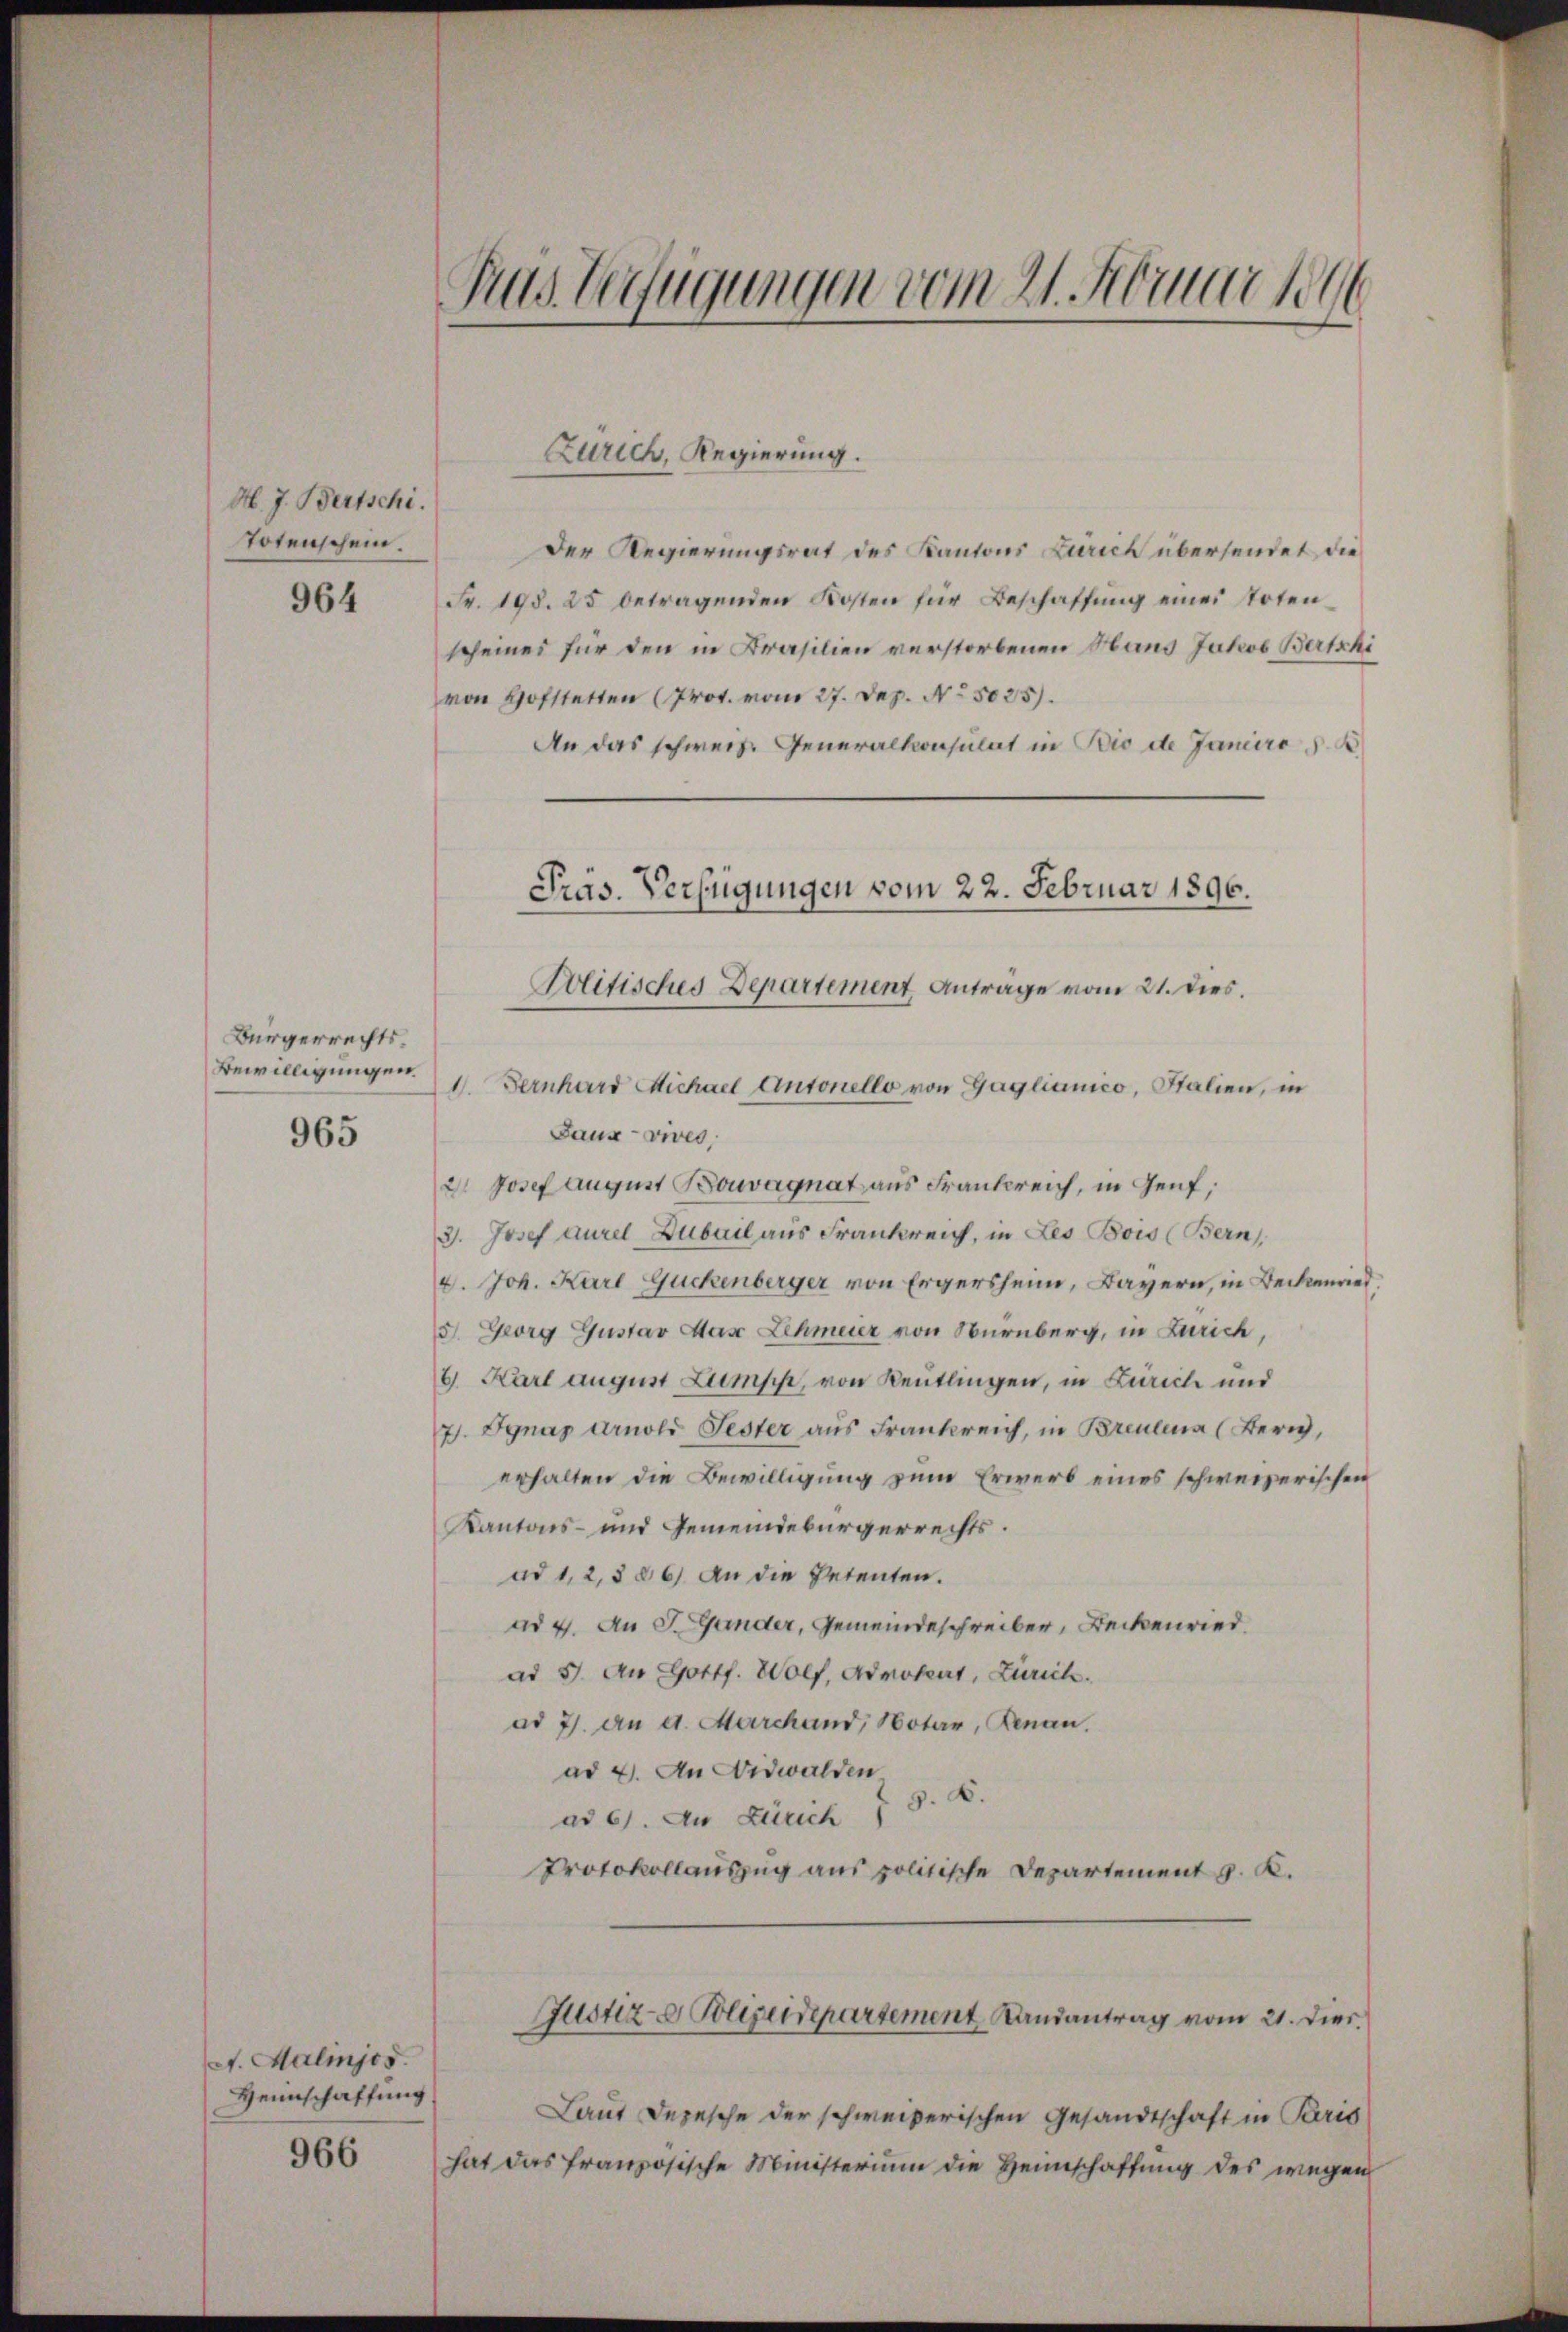
M. J. Bertschi.
Totenschein.

964

Bürgerrechts¬
Bewilligungen.

965

A. Malinjos.
Weinschaffung

966

Das Verfügungen vom 21. Abruar 1896

Zürich, Regierung.
Der Regierungsrat des Kantons Zürich übersendet, die
Fr. 198. 25 betragenden Kosten für Beschaffŭng einer Toten-
scheines für den in Brasilien verstorbenen Haus Jakob Bertshi
von Hofstetten (Prov. vom 27. Dez. No. 5025).
An das schwers. Generalkonsulat in Bio de Janeiro s. B
Präs. Verfügungen vom 22. Februar 1896.

Politisches Departement, Antrage vom 21. dies.

1. Fernhard Michael Antonello von Gaglianico, Italien, in
Laux- vives,
2t Josef August Bouvagnat aus Frankreich, in Genf,
31. Josef Aurel Dubail aus Frankreich, in Les Bois (Bern,
4. Joh. Karl Guckenberger von Ergersheim, Bayern, in Beckenried
5. Georg Gustav das Lehmeier von Nürnberg, in Zürich,
6 Karl August Lumph, von Reutlingen, in Zürich und
J. Ignaz Arnold Jester aus Frankreich, in Breulina (Bern,
erhalten die Bewilligung zum Erwerb eines schweizerischen
Kantons- und Gemeindebürgerrechts.
ad 1, 2, 386) An die Petenten.
ad 4. An J. Gander, Gemeindeschreiber, Beckenried.
ad 5. An Gottf. Wolf, Admolent, Zürich.
ad 7. an d. Marchand, Notar, Renau.
ad 4. An Nidwalden
ad 6. An Zürich § 8. B.
Protokollauszug aus politische Departement z. K.

Laut Depesche der schweizerischen Gesandtschaft in Paris
hat das französische Ministerium die Heimschaffung des wegen

Justiz- & Polizeidepartement Landantrag vom 21. Dies.